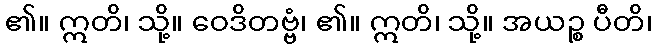
၏။ ဣတိ၊ သို့။ ဝေဒိတဗ္ဗံ၊ ၏။ ဣတိ၊ သို့။ အယဉ္စ ပီတိ၊